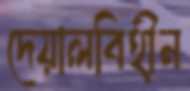
দেয়ালবিহীন